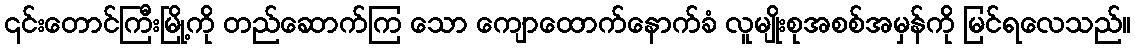
၎င်းတောင်ကြီးမြို့ကို တည်ဆောက်ကြ သော ကျောထောက်နောက်ခံ လူမျိုးစုအစစ်အမှန်ကို မြင်ရလေသည်။